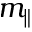
m _ { \parallel }